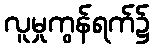
လူမှုကွန်ရက်၌